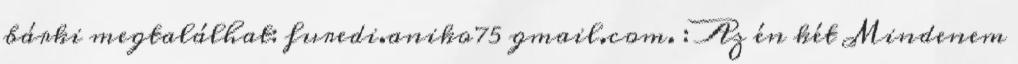
bárki megtalálhat: furedi.aniko75 gmail.com. : Az én két Mindenem